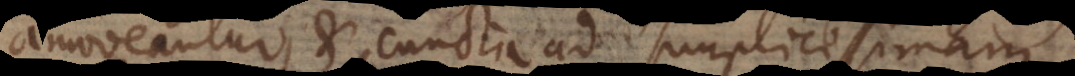
amoveantur, et cuncta ad simplicissimam